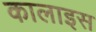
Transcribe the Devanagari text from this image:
कालाइस